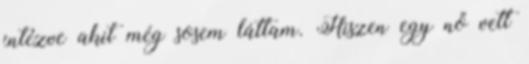
intézve akit még sosem láttam. Hiszen egy nő vett